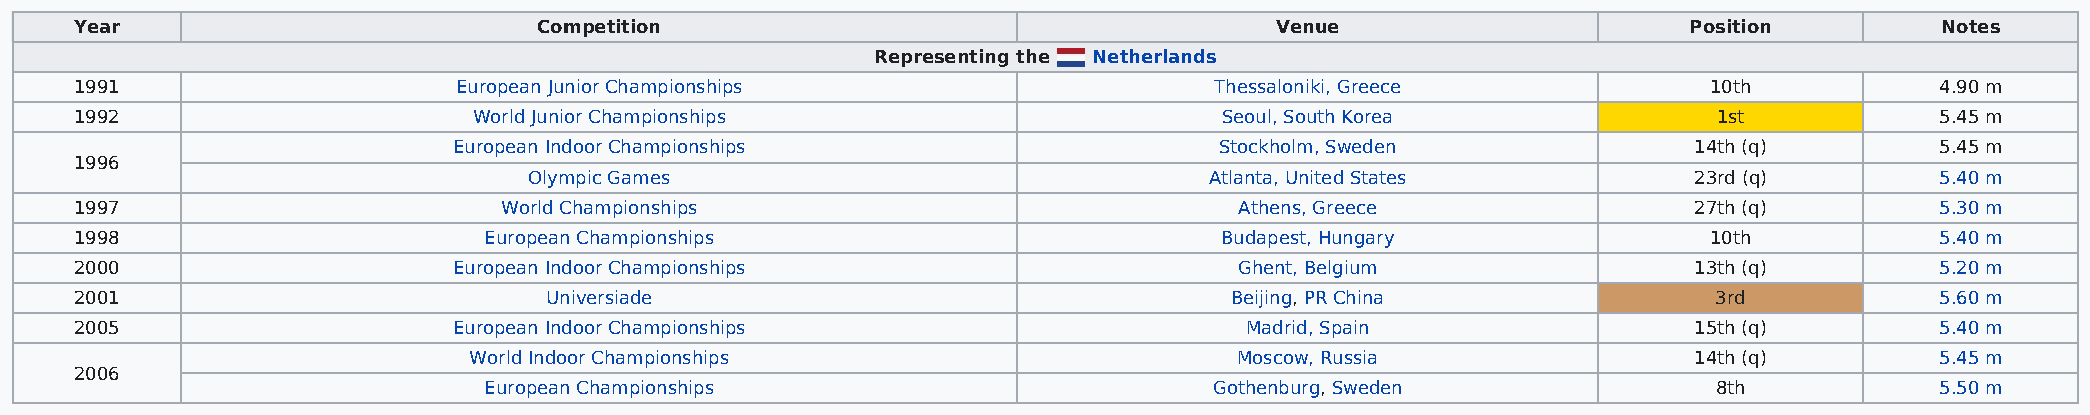
Year                           Competition                                     Venue                       Position         Notes
 Representing the Netherlands
 1991                     European Junior Championships                     Thessaloniki, Greece             10th           4.90 m
 1992                      World Junior Championships                        Seoul, South Korea               1st           5.45 m
 European Indoor Championships                      Stockholm, Sweden              14th (q)        5.45 m
 1996
 Olympic Games                                Atlanta, United States          23rd (q)        5.40 m
 1997                        World Championships                              Athens, Greece                27th (q)        5.30 m
 1998                       European Championships                           Budapest, Hungary               10th           5.40 m
 2000                     European Indoor Championships                       Ghent, Belgium                13th (q)        5.20 m
 2001                           Universiade                                  Beijing, PR China                3rd           5.60 m
 2005                     European Indoor Championships                       Madrid, Spain                 15th (q)        5.40 m
 World Indoor Championships                         Moscow, Russia                14th (q)        5.45 m
 2006
 European Championships                          Gothenburg, Sweden                8th           5.50 m